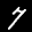
Label: 7